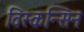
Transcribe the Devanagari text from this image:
विस्कन्सिन